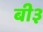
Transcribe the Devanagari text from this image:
बी३